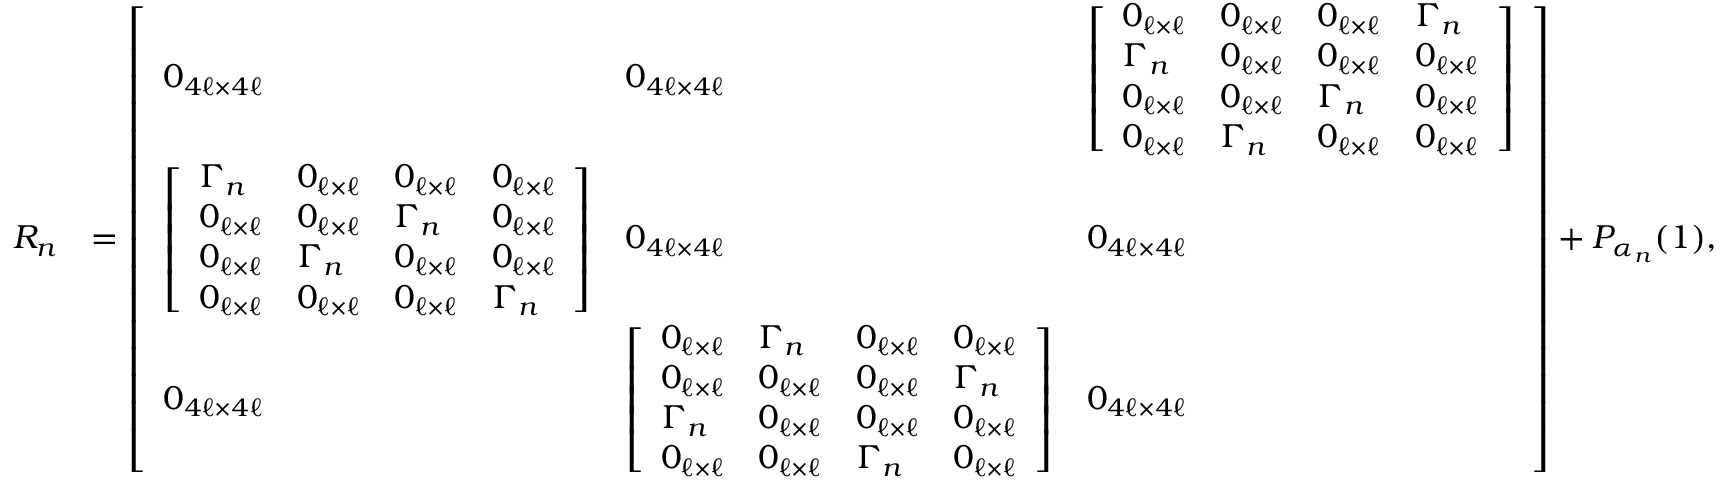
\begin{array} { r l } { R _ { n } } & { = \left[ \begin{array} { l l l } { 0 _ { 4 \ell \times 4 \ell } } & { 0 _ { 4 \ell \times 4 \ell } } & { \left[ \begin{array} { l l l l } { 0 _ { \ell \times \ell } } & { 0 _ { \ell \times \ell } } & { 0 _ { \ell \times \ell } } & { \Gamma _ { n } } \\ { \Gamma _ { n } } & { 0 _ { \ell \times \ell } } & { 0 _ { \ell \times \ell } } & { 0 _ { \ell \times \ell } } \\ { 0 _ { \ell \times \ell } } & { 0 _ { \ell \times \ell } } & { \Gamma _ { n } } & { 0 _ { \ell \times \ell } } \\ { 0 _ { \ell \times \ell } } & { \Gamma _ { n } } & { 0 _ { \ell \times \ell } } & { 0 _ { \ell \times \ell } } \end{array} \right] } \\ { \left[ \begin{array} { l l l l } { \Gamma _ { n } } & { 0 _ { \ell \times \ell } } & { 0 _ { \ell \times \ell } } & { 0 _ { \ell \times \ell } } \\ { 0 _ { \ell \times \ell } } & { 0 _ { \ell \times \ell } } & { \Gamma _ { n } } & { 0 _ { \ell \times \ell } } \\ { 0 _ { \ell \times \ell } } & { \Gamma _ { n } } & { 0 _ { \ell \times \ell } } & { 0 _ { \ell \times \ell } } \\ { 0 _ { \ell \times \ell } } & { 0 _ { \ell \times \ell } } & { 0 _ { \ell \times \ell } } & { \Gamma _ { n } } \end{array} \right] } & { 0 _ { 4 \ell \times 4 \ell } } & { 0 _ { 4 \ell \times 4 \ell } } \\ { 0 _ { 4 \ell \times 4 \ell } } & { \left[ \begin{array} { l l l l } { 0 _ { \ell \times \ell } } & { \Gamma _ { n } } & { 0 _ { \ell \times \ell } } & { 0 _ { \ell \times \ell } } \\ { 0 _ { \ell \times \ell } } & { 0 _ { \ell \times \ell } } & { 0 _ { \ell \times \ell } } & { \Gamma _ { n } } \\ { \Gamma _ { n } } & { 0 _ { \ell \times \ell } } & { 0 _ { \ell \times \ell } } & { 0 _ { \ell \times \ell } } \\ { 0 _ { \ell \times \ell } } & { 0 _ { \ell \times \ell } } & { \Gamma _ { n } } & { 0 _ { \ell \times \ell } } \end{array} \right] } & { 0 _ { 4 \ell \times 4 \ell } } \end{array} \right] + P _ { \alpha _ { n } } ( 1 ) , } \end{array}